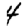
Digit: 4